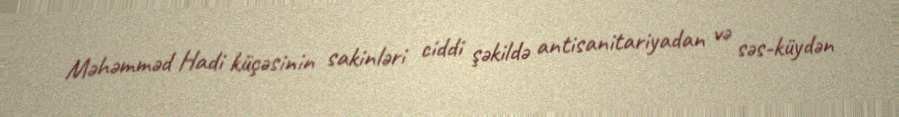
Məhəmməd Hadi küçəsinin sakinləri ciddi şəkildə antisanitariyadan və səs-küydən